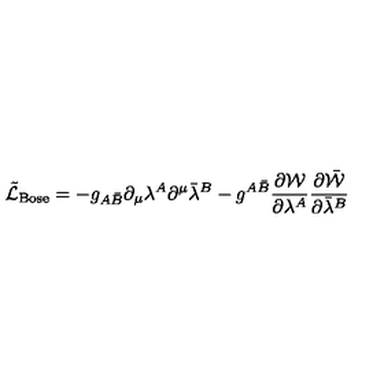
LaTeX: \tilde { { \cal L } } _ { \mathrm { B o s e } } = - g _ { A \bar { B } } \partial _ { \mu } \lambda ^ { A } \partial ^ { \mu } \bar { \lambda } ^ { B } - g ^ { A \bar { B } } \frac { \partial { \cal W } } { \partial \lambda ^ { A } } \frac { \partial \bar { { \cal W } } } { \partial \bar { \lambda } ^ { B } }